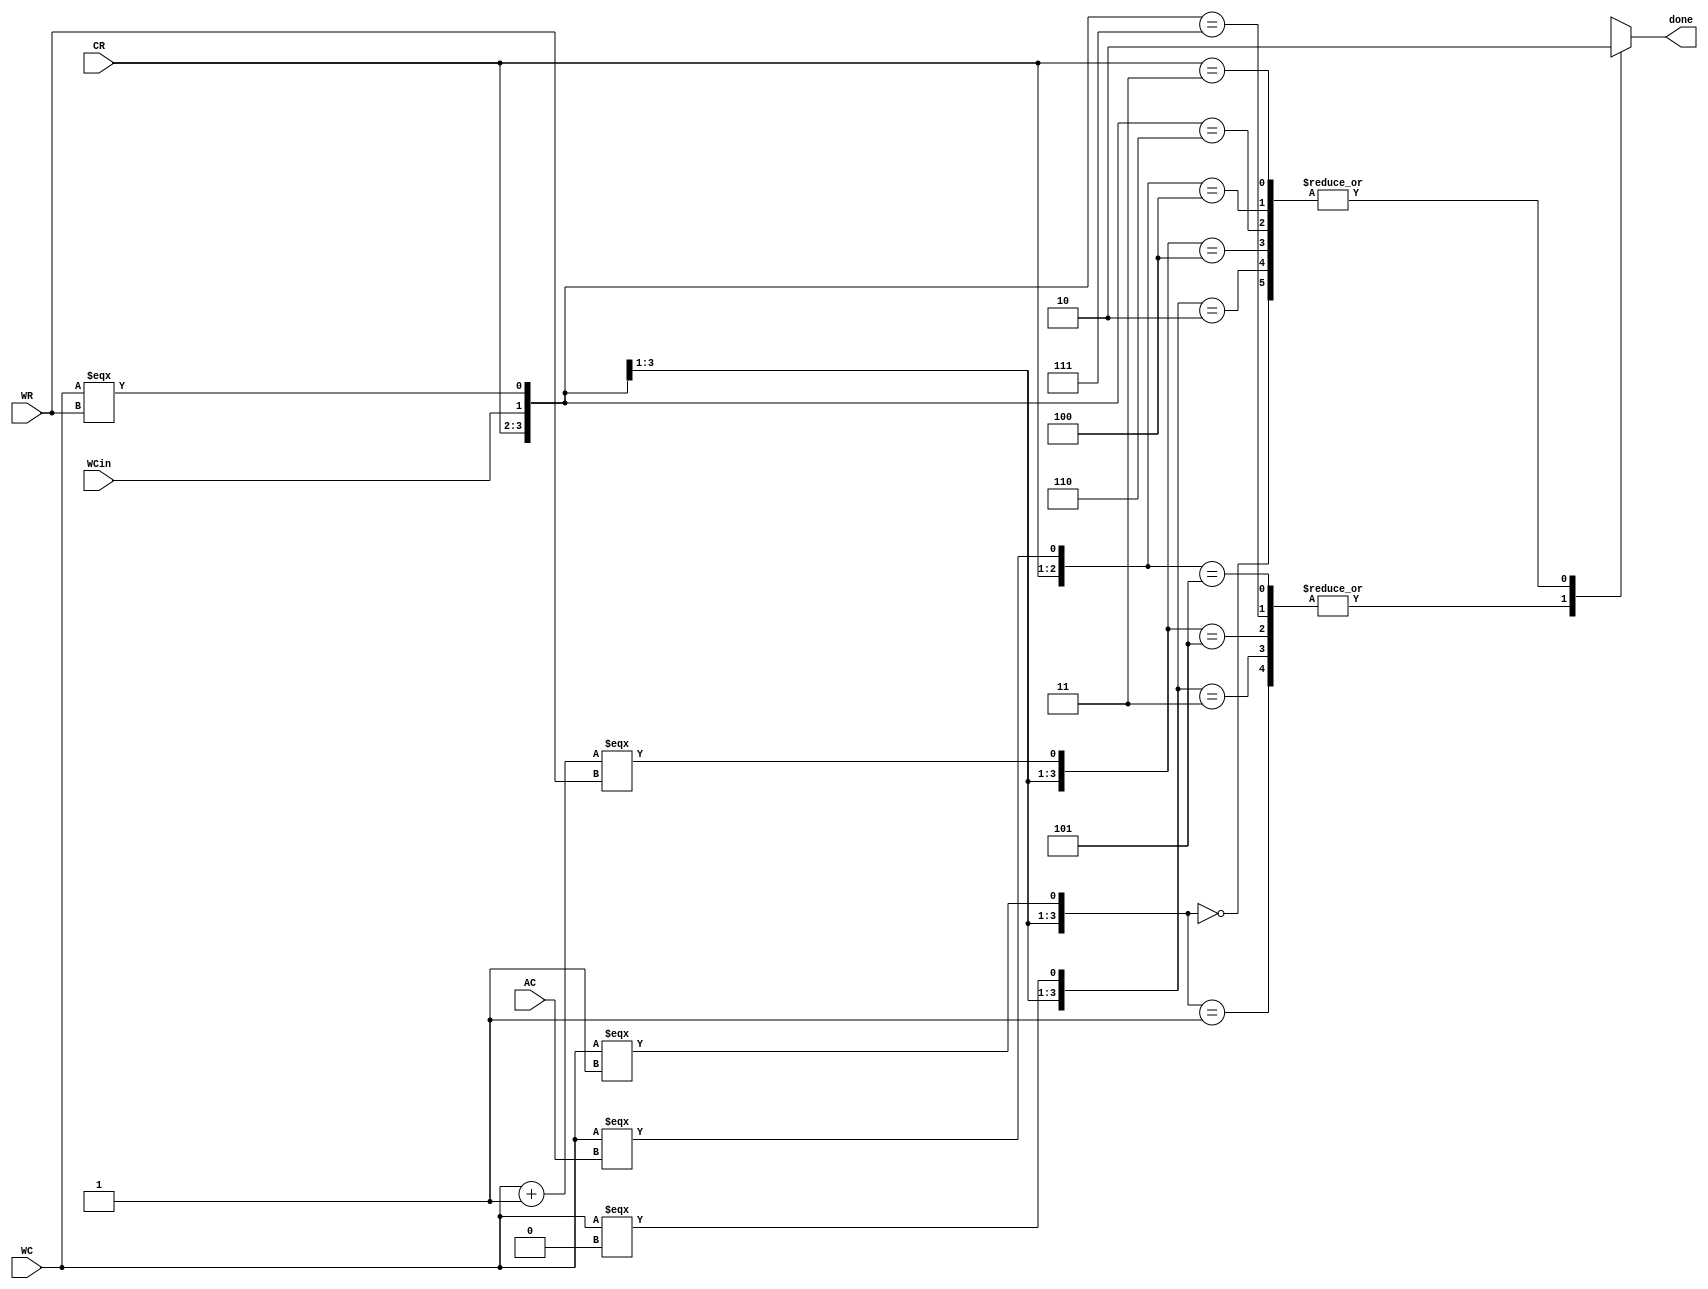
`define NBITS 8

module genDone(AC, WC, WR, CR, WCin, done);
  input [`NBITS-1:0] AC;
  input [`NBITS-1:0] WC;
  input [`NBITS-1:0] WR;
  input [1:0] CR;
  input WCin;

  output reg done;

  wire n1,n2,n3,n4,n5;
  
  assign n1 = (WC === 1);
  assign n2 = (WC === 0);
  assign n3 = (WC+1 === WR);
  assign n4 = (WC === WR);
  assign n5 = (WC === AC);
  
  always@(WC or WR or AC or CR or WCin or n1 or n2 or n3 or n4 or n5 )
  begin
    casex({CR[1:0], WCin, n1, n2, n3, n4, n5})
      8'b0000xxxx: done = 1'b0;
      8'b0001xxxx: done = 1'b1;
      8'b001x0xxx: done = 1'b0;
      8'b001x1xxx: done = 1'b1; 
           
      8'b010xx0xx: done = 1'b0;
      8'b010xx1xx: done = 1'b1; 
           
      8'b011xxx0x: done = 1'b0;
      8'b011xxx1x: done = 1'b1;      
      8'b10xxxxx0: done = 1'b0;
      8'b10xxxxx1: done = 1'b1;      
      8'b11xxxxxx: done = 1'b0;
      
  endcase
  end
  
endmodule

module test_GenDone;
  
  reg  [`NBITS-1:0] AC;
  reg  [`NBITS-1:0] WC;
  reg  [`NBITS-1:0] WR;
  reg  [1:0] CR;
  reg  WCin;
  wire done;
  
  genDone InstGenDone(AC, WC, WR, CR, WCin, done);
  
  initial begin 
    #0   CR = 2'b00; WCin = 1'b0; WC = 8'hFF; AC = 8'hFF; WR = 8'hFF;
    #20  CR = 2'b00; WCin = 1'b0; WC = 8'h01; AC = 8'hFF; WR = 8'hFF;    
    #20  CR = 2'b00; WCin = 1'b1; WC = 8'hFF; AC = 8'hFF; WR = 8'hFF;
    #20  CR = 2'b00; WCin = 1'b1; WC = 8'h00; AC = 8'h00; WR = 8'hFF;
        
    #20  CR = 2'b01; WCin = 1'b0; WC = 8'hFF; AC = 8'hFF; WR = 8'hFF;
    #20  CR = 2'b01; WCin = 1'b0; WC = 8'hFE; AC = 8'hFF; WR = 8'hFF;    
    
    #20  CR = 2'b01; WCin = 1'b1; WC = 8'hAA; AC = 8'hFF; WR = 8'hFF;
    #20  CR = 2'b01; WCin = 1'b1; WC = 8'hFF; AC = 8'hFF; WR = 8'hFF;    
    #20  CR = 2'b10; WCin = 1'b0; WC = 8'hAA; AC = 8'hFF; WR = 8'hFF;
    #20  CR = 2'b10; WCin = 1'b0; WC = 8'hFF; AC = 8'hFF; WR = 8'hFF;    
    #20  CR = 2'b11; WCin = 1'b1; WC = 8'hFF; AC = 8'hFF; WR = 8'hFF;    
    #20 $finish;
  end
 endmodule